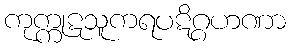
ကုက္ကုဋသူကရပဋိဂ္ဂဟဏာ